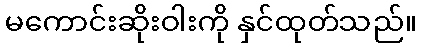
မကောင်းဆိုးဝါးကို နှင်ထုတ်သည်။